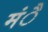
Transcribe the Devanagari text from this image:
मंै